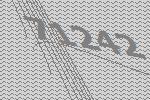
71242